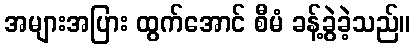
အများအပြား ထွက်အောင် စီမံ ခန့်ခွဲခဲ့သည်။